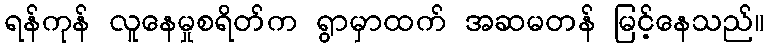
ရန်ကုန် လူနေမှုစရိတ်က ရွာမှာထက် အဆမတန် မြင့်နေသည်။